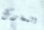
المعارك